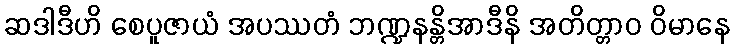
ဆဒါဒီဟိ စေပူဇာယံ အပဿတံ ဘဏ္ဍနန္တိအာဒီနိ အတိတ္တာဝ ဝိမာနေ